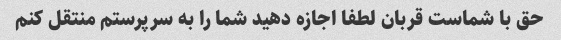
حق با شماست قربان لطفا اجازه دهید شما را به سرپرستم منتقل کنم